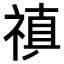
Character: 𥛄